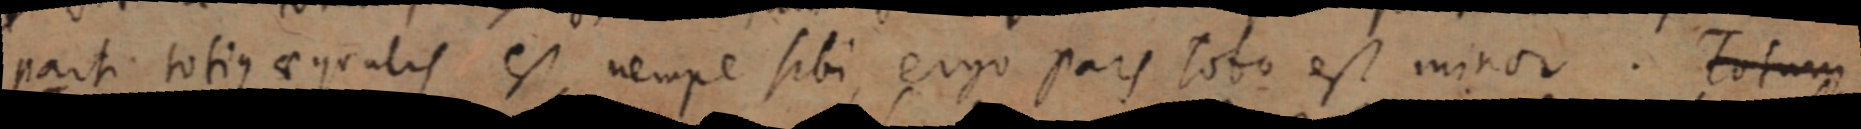
parti totius aequalis est nempe sibi, ergo pars tobo est minor. Totum